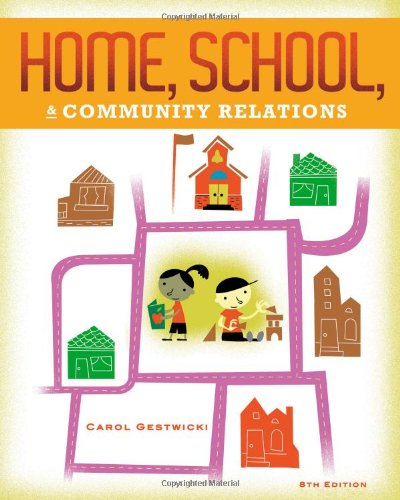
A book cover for Home, School, and Community Relations; Carol Gestwicki; Education & Teaching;